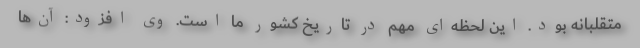
متقلبانه بود. این لحظه‌ای مهم در تاریخ کشور ما است. وی افزود: آن‌ها